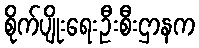
စိုက်ပျိုးရေးဦးစီးဌာနက